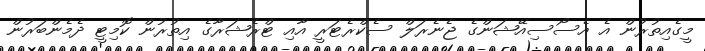
މީގެއިތުރުން އެ އެސޯސިއޭޝަންގެ ޖެނެރަލް ސެކްރެޓަރީ އާއި ޓްރެޝަރާގެ އިތުރުން ކޮމިޓީ ދެމެންބަރުން